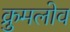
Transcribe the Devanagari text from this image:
क्रुमलोव